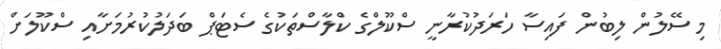
މި ސޭލުން ލިބުން ފައިސާ ހަރަދުކުރާނީ ސްކޫލްގެ ކްލާސްތަކުގެ ސެޓަޕް ބަދަލުކުރުމަށާއި ސްކޫލަށް